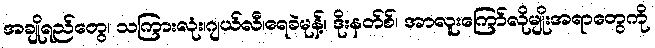
အချိုရည်တွေ၊ သကြားလုံး၊ဂျယ်လီ၊ရေခဲမုန့်၊ ဒိုးနတ်စ်၊ အာလူးကြော်လိုမျိုးအရာတွေကို